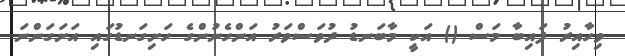
ވިހާއިރު ފައިބާ މަސް () އަކީ މާބަނޑު ދުވަސްވަރު އަންހެނުންގެ ހަށިގަނޑުގައި އަށަގަންނަ